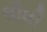
લીઘી